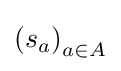
\left(s_{a}\right)_{a\in A}